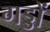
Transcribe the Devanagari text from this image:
गड्डों